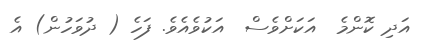
އަދި ކޮންމެ  އަކަށްވެސް  އަކުވެއެވެ. ފަހެ ( ދުވަހުން) އެ